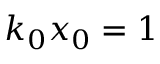
k _ { 0 } x _ { 0 } = 1